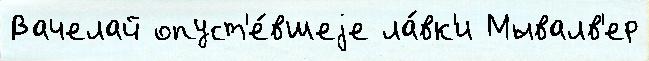
Вачелай опуст'е́вшеjе ла́вк'и Мывалв'ер